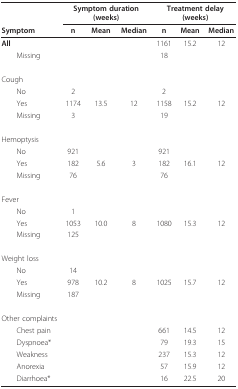
|  | <COLSPAN=3> Symptom duration (weeks) | <COLSPAN=3> Treatment delay (weeks) |
 | Symptom | n | Mean | Median | n | Mean | Median |
 | --- | --- | --- | --- | --- | --- | --- |
 | All |  |  |  | 1161 | 15.2 | 12 |
 | Missing |  |  |  | 18 |  |  |
 | Cough |  |  |  |  |  |  |
 | No | 2 |  |  | 2 |  |  |
 | Yes | 1174 | 13.5 | 12 | 1158 | 15.2 | 12 |
 | Missing | 3 |  |  | 19 |  |  |
 | Hemoptysis |  |  |  |  |  |  |
 | No | 921 |  |  | 921 |  |  |
 | Yes | 182 | 5.6 | 3 | 182 | 16.1 | 12 |
 | Missing | 76 |  |  | 76 |  |  |
 | Fever |  |  |  |  |  |  |
 | No | 1 |  |  |  |  |  |
 | Yes | 1053 | 10.0 | 8 | 1080 | 15.3 | 12 |
 | Missing | 125 |  |  |  |  |  |
 | Weight loss |  |  |  |  |  |  |
 | No | 14 |  |  |  |  |  |
 | Yes | 978 | 10.2 | 8 | 1025 | 15.7 | 12 |
 | Missing | 187 |  |  |  |  |  |
 | Other complaints |  |  |  |  |  |  |
 | Chest pain |  |  |  | 661 | 14.5 | 12 |
 | Dyspnoea* |  |  |  | 79 | 19.3 | 15 |
 | Weakness |  |  |  | 237 | 15.3 | 12 |
 | Anorexia |  |  |  | 57 | 15.9 | 12 |
 | Diarrhoea* |  |  |  | 16 | 22.5 | 20 |